Statistical return of the lunatic asylum in Assam - 1912-1932
Year: 1912
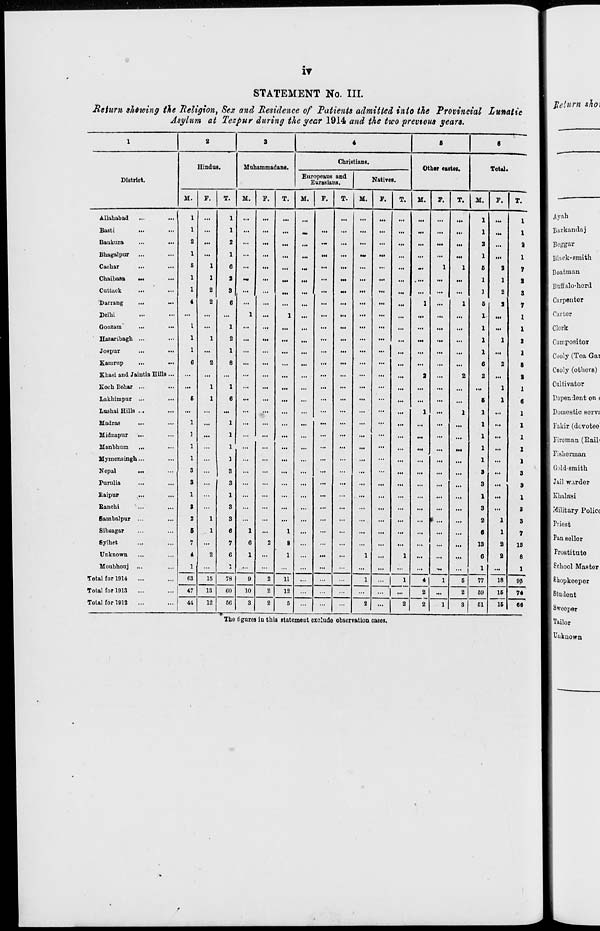
ir
STATEMENT No. III.
Return showing the Religion, Sex and Residence of Patients admitted into the Provincial Lunatic
Asylum at Tezpur during the year 1914 and the two previous years.
1
2
3
4
S
0
Hindut .
Muhammadans.
Christians.
Other castes.
Total.
District.
Europeans and
Eurasians.
Natives.
M.
F.
T.
M.
F.
T.
M
F.
T.
M.
F
T.
M.
F.
T.
M.
F.
T.
Allahabad
...
1
...
...
...
...
..
...
...
...
...
1
tU
1
Basti
>••
...
1
...
...
...
m
...
...
...
...
...
...
...
1
■t«
1
Bankura
...
2
...
...
...
..
...
...
...
...
...
...
...
2
...
2
Bhagalpur
...
1
...
...
...
..
...
.-
...
...
...
...
...
1
...
1
Cachar
1
6
...
...
...
...
...
...
••
...
-
1
1
6
3
7
Chaibasa
...
1
2
~
...
...
...
...
...
...
...
....
...
...
1
1
X
Cuttack
1
2
3
...
...
...
..
...
...
...
...
...
I
2
s
Darrang
...
2
6
...
...
...
..
...
...
...
...
1
...
1
6
S
1
Delhi
...
...
...
1
...
1
...
...
...
...
...
...
...
...
1
...
I
Gonzam
...
•«•
...
1
...
...
...
..
...
...
...
...
...
...
...
1
...
1
Hazanbagh ...
1
2
...
...
...
...
...
...
...
...
...
...
...
1
1
3
Jospur
...
1
...
...
...
...
...
...
...
...
...
...
...
1
...
2
Kararnp
6
2
8
...
...
...
...
...
...
...
...
...
...
...
6
2
S
Kbasi and Jaintia Hills ...
...
...
...
...
...
...
• •
...
...
...
...
3
...
2
2
...
t
Koch lichar ...
...
1
1
...
...
...
...
...
...
...
...
...
...
...
...
1
1
Lakhimpur ...
6
1
6
...
...
...
...
...
...
...
...
...
...
...
1
6
Lushai Hills
...
••
...
...
...
...
••
...
...
...
...
1
...
1
...
1
Madras
1
••
1
...
...
...
••
...
...
...
...
...
...
...
...
1
Miduapur
...
1
»
1
...
...
...
...
...
(
...
...
...
...
...
1
Manbhum
...
1
1
...
...
...
••
...
...
••
...
...
...
...
...
1
Mymensingh...
1
1
...
...
...
••
...
...
••
...
...
...
...
...
1
Nepal
...
3
••
3
...
...
...
...
...
...
••
...
...
...
...
...
3
Furulia
...
3
••
3
...
...
...
...
...
...
...
...
...
...
...
3
9
Baipur
....
1
••
1
...
...
...
••
...
...
• •
...
...
...
...
1
...
1
Banchi
S
••
3
...
...
...
• •
...
...
••
...
...
...
...
3
...
3
fiarnbalpur ...
2
1
3
...
...
...
••
...
...
••
...
... 1 ... ...
2
1
3
Sibsagar
5
1
6
1
...
1
••
...
...
••
...
...
...
...
6
1
1
8ylhet
7
...
7
6
2
8
••
...
...
••
...
...
...
...
13
2
15
Unknown
4
2
6
1
...
1
• •
...
1
••
1
...
...
...
6
2
8
Moubhonj ...
1
...
*
...
...
••
...
...
..
...
...
...
...
1
...
1
Total for 1914
...
63
15
78
9
2
11
>•
...
1
1 1
4
1
6
77
59
18
95
Total for 1913
47
13
GO
10
2
12
...
... 1 -
2
...
2
16
15
74
Total for 1912
...
44
12
50
—w
3
2
5
...
2
...
2
2
1
3
51
ea
The figures in this statement exclude observation coses.